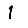
Digit: 1